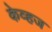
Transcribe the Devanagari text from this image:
केव्हज